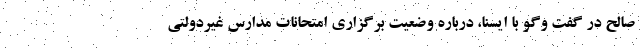
صالح در گفت وگو با ایسنا، درباره وضعیت برگزاری امتحانات مدارس غیردولتی